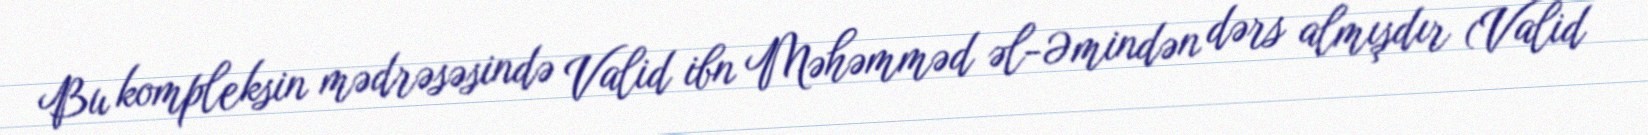
Bu kompleksin mədrəsəsində Valid ibn Məhəmməd əl-Əmindən dərs almışdır (Valid